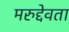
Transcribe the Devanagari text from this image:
मरुद्देवता